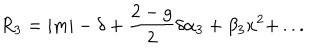
LaTeX: R _ { 3 } = | m | - \delta + { \frac { 2 - g } { 2 } } \delta \alpha _ { 3 } + \beta _ { 3 } x ^ { 2 } + \, . . .